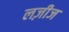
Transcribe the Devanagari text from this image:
लज़ीज